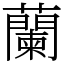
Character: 蘭